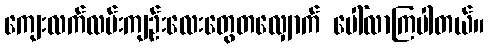
ကျေးလက်လမ်းကျဉ်းလေးတွေတလျှောက် ပေါ်လာကြပါတယ်။